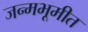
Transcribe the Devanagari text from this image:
जन्मभूमीत